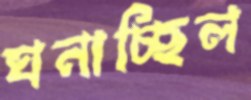
ঘনাচ্ছিল